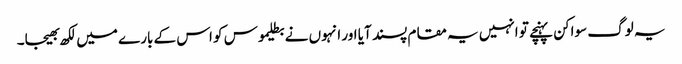
یہ لوگ سواکن پہنچے تو انہیں یہ مقام پسند آیا اور انہوں نے بطلیموس کو اس کے بارے میں لکھ بھیجا۔